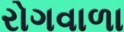
રોગવાળા